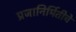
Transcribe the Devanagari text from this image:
प्रजानिर्मितीचे